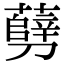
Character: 㔑